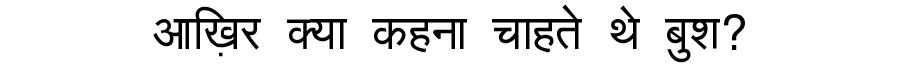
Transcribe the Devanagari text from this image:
आख़िर क्या कहना चाहते थे बुश?